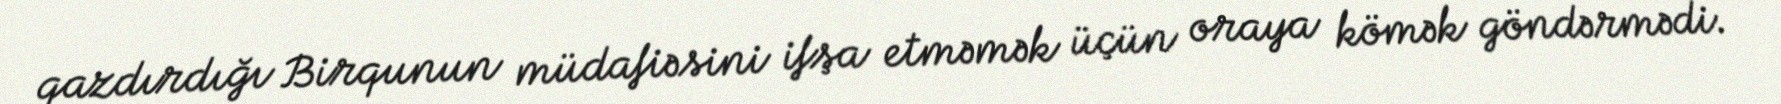
qazdırdığı Birqunun müdafiəsini ifşa etməmək üçün oraya kömək göndərmədi.